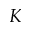
K